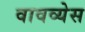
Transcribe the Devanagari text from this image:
वावव्येस